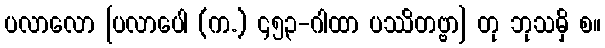
ပလာလော [ပလာပေါ (က.) ၄၅၃-ဂါထာ ပဿိတဗ္ဗာ] တု ဘုသမှိ စ။